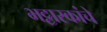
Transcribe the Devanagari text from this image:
भट्टारकांचे